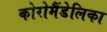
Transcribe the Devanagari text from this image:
कोरोमैंडेलिका